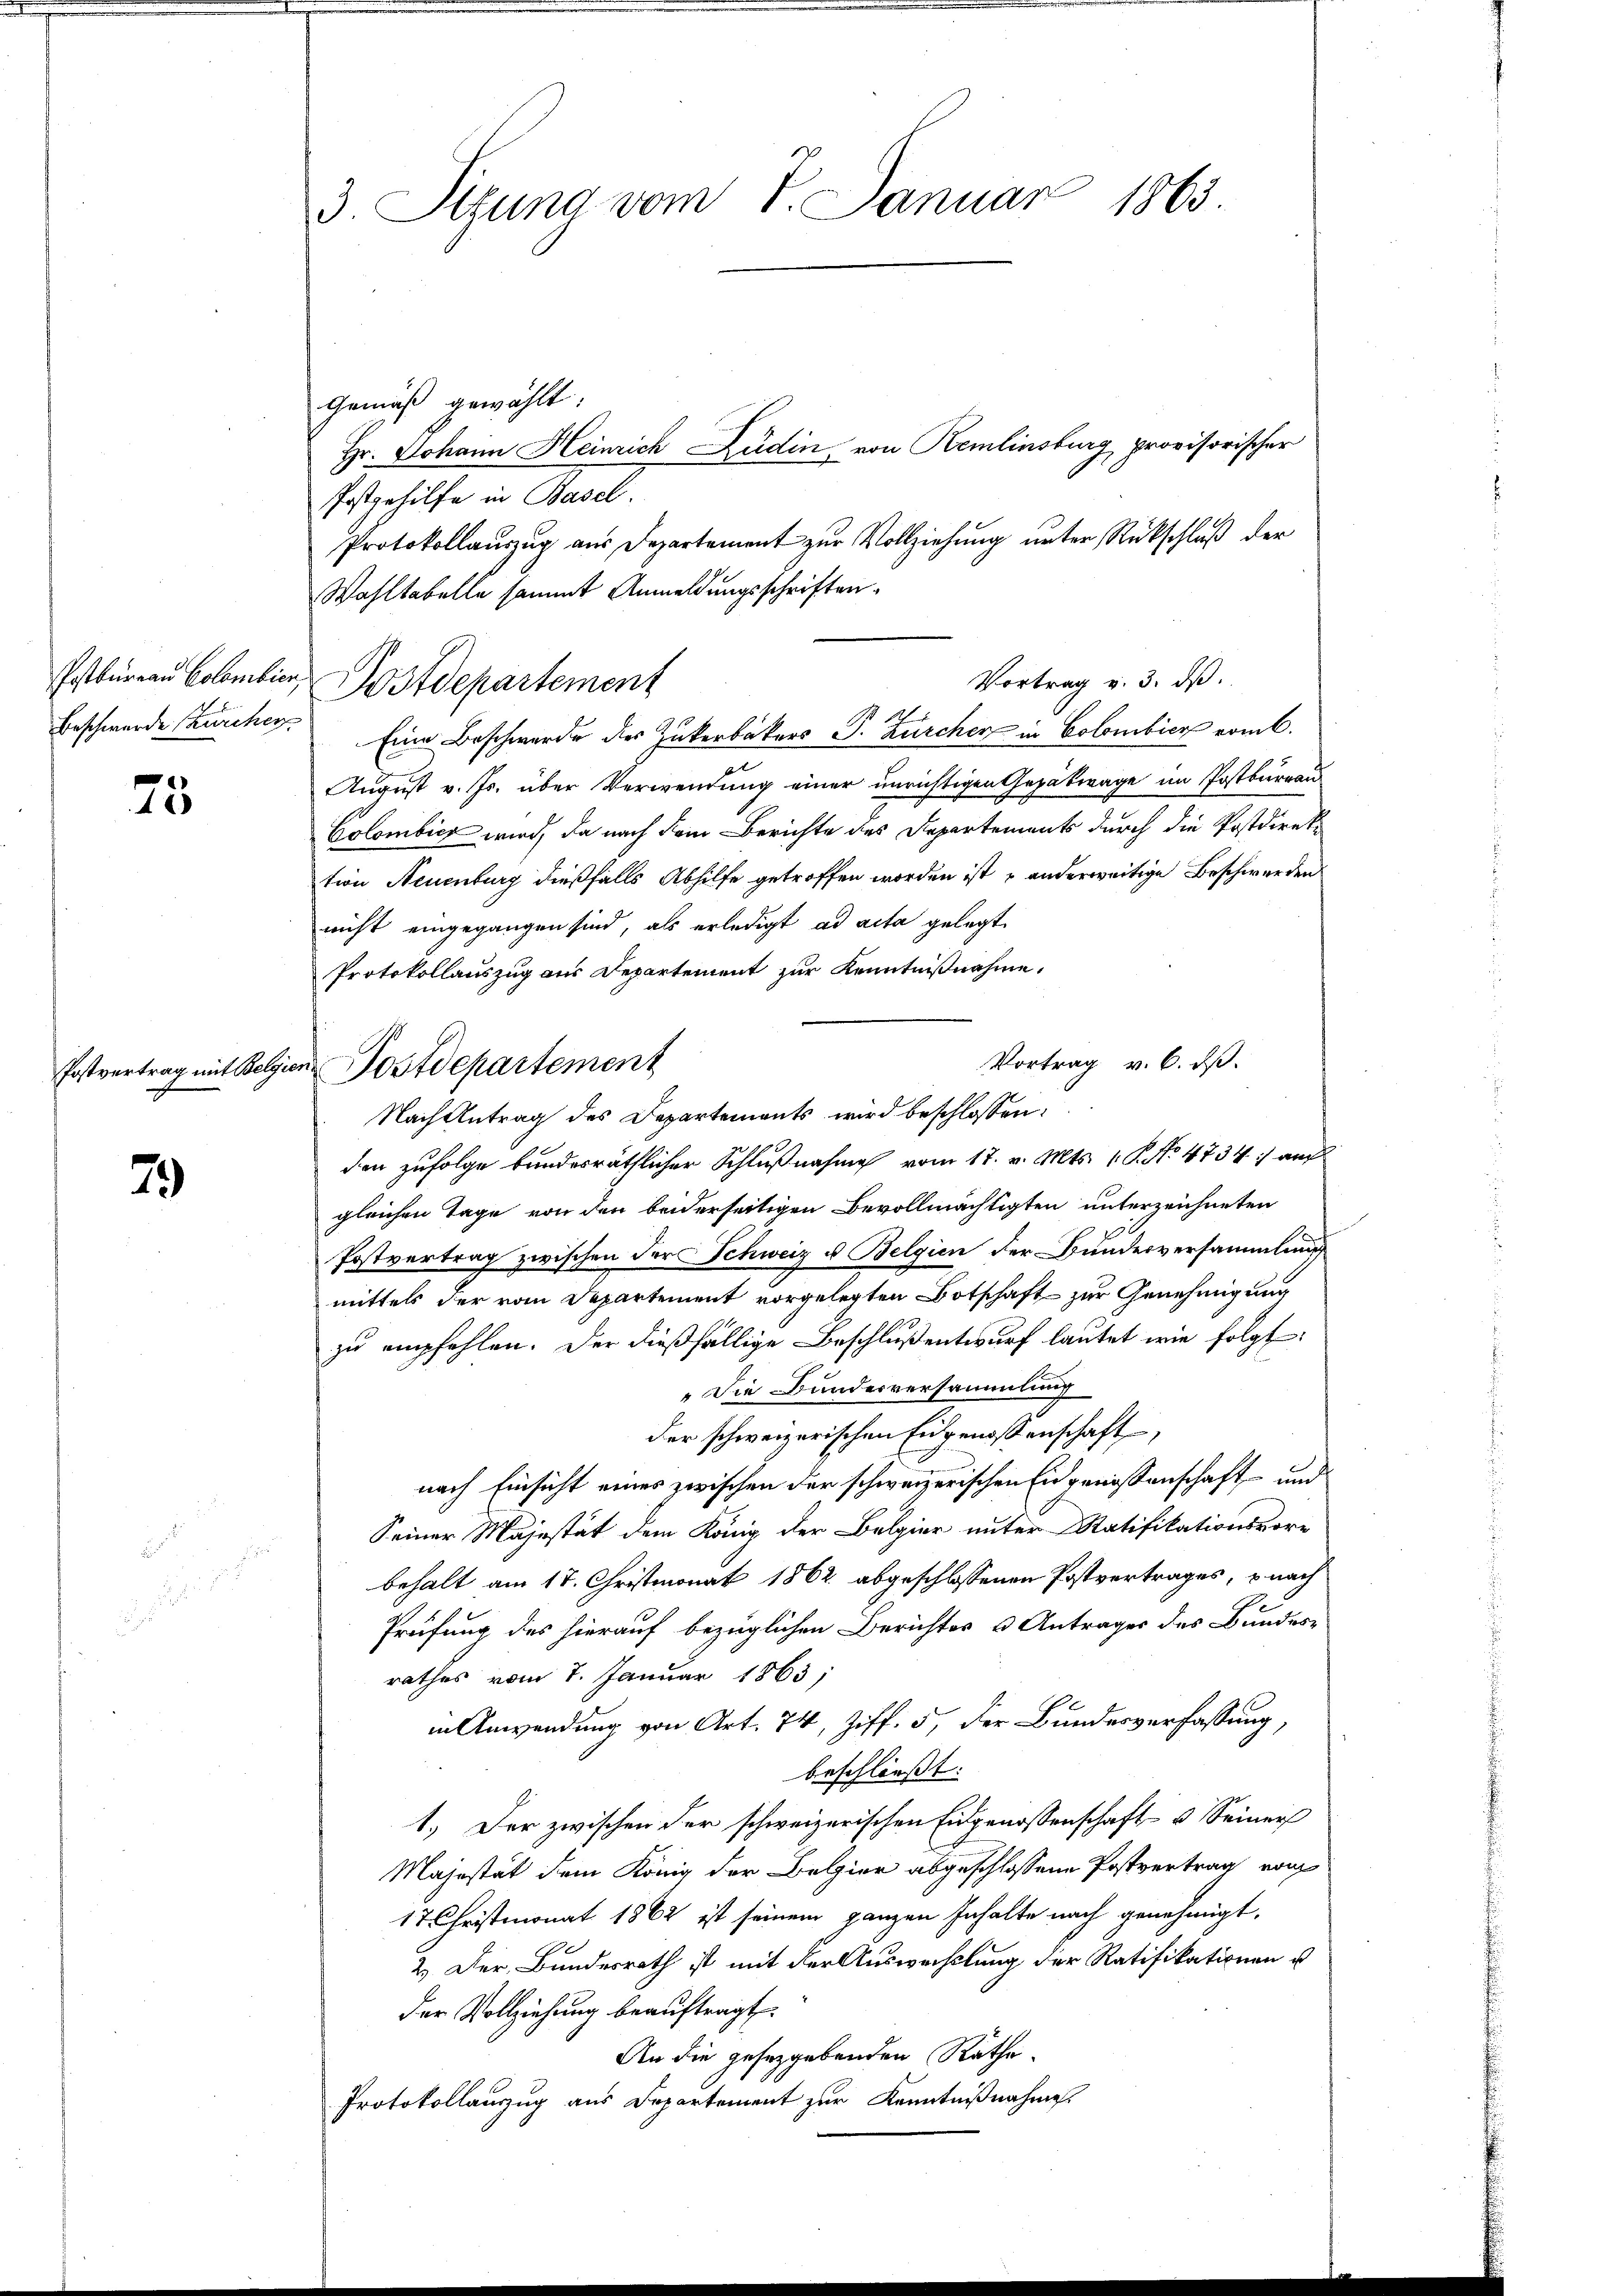
Beschwerde Zürcher

25

79

3. Sitzung vom 7. Januar 1863.

Pstbureau Colombier, Postdepartement

Gemäß gewählt:
Hr. Johann Heinrich Düdin von Kemlinsburg, provisorischer
Postgehilfe in Basel.
Protokollauszug aus Departement zur Vollziehung unter Rückschluß der
Wahltabelle sammt Anmeldungsschriften.
Vortrag v. 3. dβ.
Eine Beschwerde des Zukerbakers J. Zürcher in Colombier erint.
August v. Js. über Verwendung einer unrichtigen Gepäkwage im Postbureau
Colombicz wird, da nach dem Berichte des Departements durch die Postdirektion Neuenburg dießfalls Abhilfe getroffen worden ist u anderweitige Beschwerden
nicht eingegangen sind, als erledigt ad acta gelegt
Protokollauszug aus Departement zur Kenntnißnahme.
Vortrag v. 6. ds.
Nach Antrag des Departements wird beschlossen:
den zufolge bundesräthlicher Schlußnahme vom 17. v. Mts. 1. P. No. 4734. auch
gleichen Tage von den beiderseitigen Bevollmächtigten unterzeichneten
Postvertrag zwischen der Schweiz u. Belgien der Bundesversammlung
mittels der vom Departement vorgelegten Botschaft zur Genehmigung
zu empfehlen. Der dießfällige Beschluß entwurf lautet wie folgt:
Die Bunderversammlung
der schweizerischen Eidgenossenschaft
nach Einsicht eines zwischen der schweizerischen Eingenossenschaft und
Seiner Majestät dem König der Belgier unter Ratifikationsvor-
1
behalt am 17. Christmonat 1862 abgeschlossenen Postvertrages, nach
Prüfung des hierauf bezüglichen Berichtes & Antrages des Bundes
rathes vom 7. Januar 1863;
in Anwendung von Art. 74, Ziff. 5, der Bundesverfassung,
beschließt:
1.) Der zwischen der schweizerischen Eidgenossenschaft- u Seiner
Majestät dem König der Belier abgeschlossene Postvertrag von
17 Christmonat 1862 ist seinem ganzen Inhalte nach genehmigt,
2.) Der Bundesrath ist mit der Auswechslung der Ratifikationen u
der Vollziehung beauftragt.
An die gesetzgebenden Räthe.
Protokollauszug aus Departement zur Kenntnißnahme.

Postvertrag mit Belgien Postdepartement